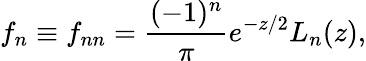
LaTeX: f_{n}\equiv f_{nn}=\frac{(-1)^{n}}{\pi}e^{-z/2}L_{n}(z),